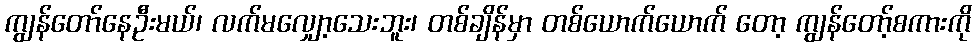
ကျွန်တော်နေဦးမယ်၊ လက်မလျှော့သေးဘူး၊ တစ်ချိန်မှာ တစ်ယောက်ယောက် တော့ ကျွန်တော့်စကားကို